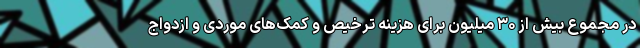
در مجموع بیش از ۳۰ میلیون برای هزینه ترخیص و کمک‌های موردی و ازدواج